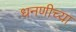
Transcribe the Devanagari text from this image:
धनणीच्या